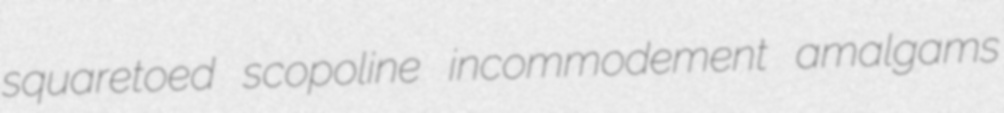
squaretoed scopoline incommodement amalgams